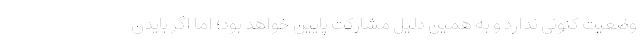
وضعیت کنونی ندارد و به همین دلیل مشارکت پایین خواهد بود؛ اما اگر بایدن